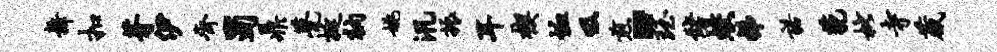
舞扣芽伊齐蜀鼎甍挺衲姚汛振耳楔恤吸煎“珏储蛟梯诺藐枇寺葳